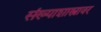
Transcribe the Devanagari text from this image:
संख्याशास्त्रावर